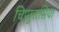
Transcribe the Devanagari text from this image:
चिप्पुत्तसिया